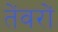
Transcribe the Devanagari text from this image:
तेंवरों